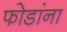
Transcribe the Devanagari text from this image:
फोडांना